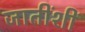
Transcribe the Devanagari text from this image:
जातींशीं